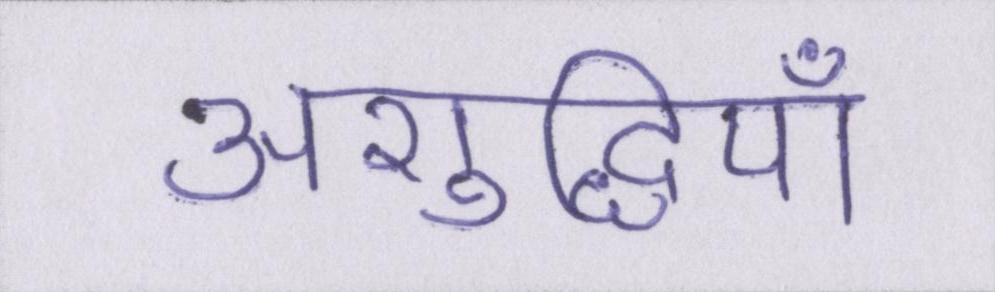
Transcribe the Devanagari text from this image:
अशुद्धियाँ